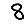
Digit: 8